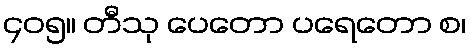
၄၀၅။ တီသု ပေတော ပရေတော စ၊